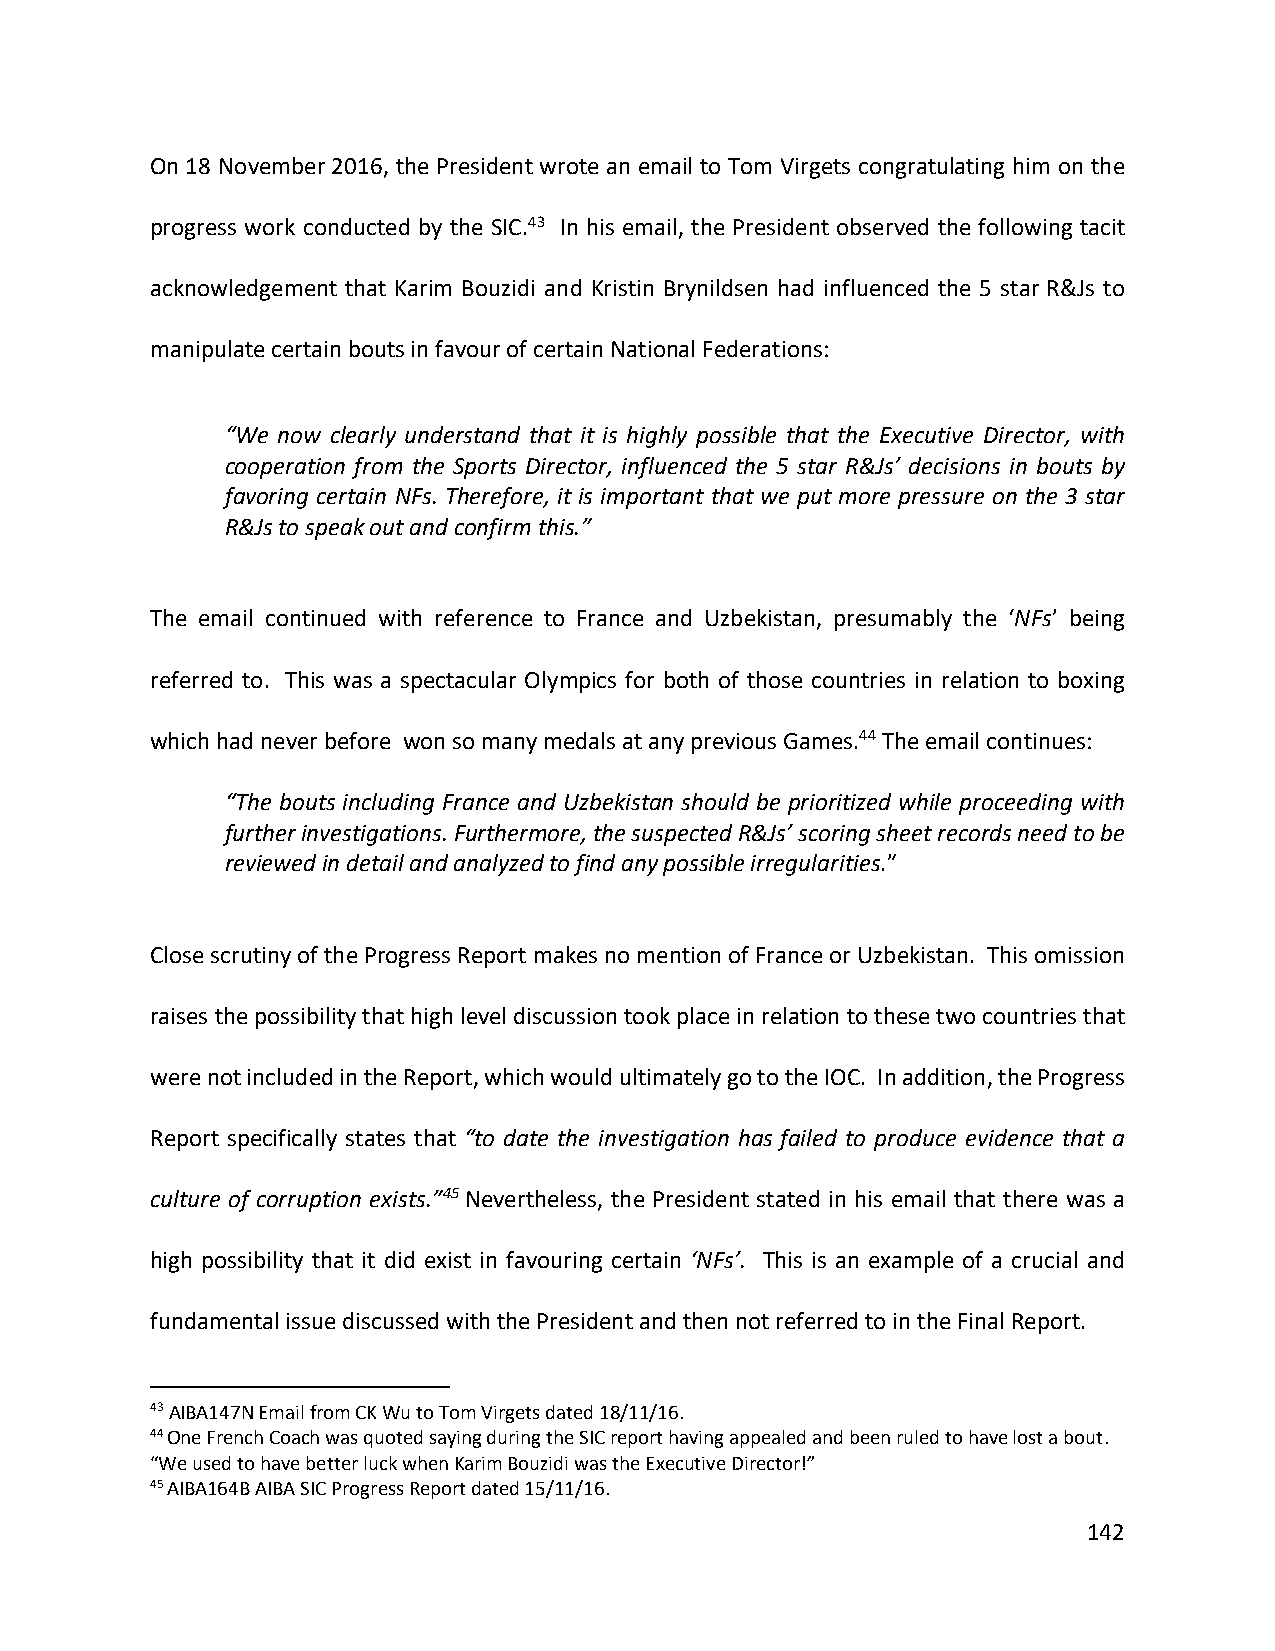
On 18 November 2016, the President wrote an email to Tom Virgets congratulating him on the
 progress work conducted by the SIC.43 In his email, the President observed the following tacit
 acknowledgement that Karim Bouzidi and Kristin Brynildsen had influenced the 5 star R&Js to
 manipulate certain bouts in favour of certain National Federations:
 “We now clearly understand that it is highly possible that the Executive Director, with
 cooperation from the Sports Director, influenced the 5 star R&Js’ decisions in bouts by
 favoring certain NFs. Therefore, it is important that we put more pressure on the 3 star
 R&Js to speak out and confirm this.”
 The email continued with reference to France and Uzbekistan, presumably the ‘NFs’ being
 referred to. This was a spectacular Olympics for both of those countries in relation to boxing
 which had never before won so many medals at any previous Games.44 The email continues:
 “The bouts including France and Uzbekistan should be prioritized while proceeding with
 further investigations. Furthermore, the suspected R&Js’ scoring sheet records need to be
 reviewed in detail and analyzed to find any possible irregularities.”
 Close scrutiny of the Progress Report makes no mention of France or Uzbekistan. This omission
 raises the possibility that high level discussion took place in relation to these two countries that
 were not included in the Report, which would ultimately go to the IOC. In addition, the Progress
 Report specifically states that “to date the investigation has failed to produce evidence that a
 culture of corruption exists.”45 Nevertheless, the President stated in his email that there was a
 high possibility that it did exist in favouring certain ‘NFs’. This is an example of a crucial and
 fundamental issue discussed with the President and then not referred to in the Final Report.
 43 AIBA147N Email from CK Wu to Tom Virgets dated 18/11/16.
 44 One French Coach was quoted saying during the SIC report having appealed and been ruled to have lost a bout.
 “We used to have better luck when Karim Bouzidi was the Executive Director!”
 45 AIBA164B AIBA SIC Progress Report dated 15/11/16.
 142